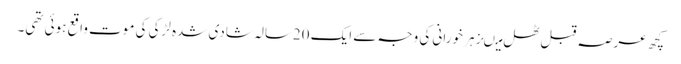
کچھ عرصہ قبل ٹھل میںزہر خورانی کی وجہ سے ایک 20سالہ شادی شدہ لڑکی کی موت واقع ہوئی تھی۔